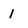
Character: 1